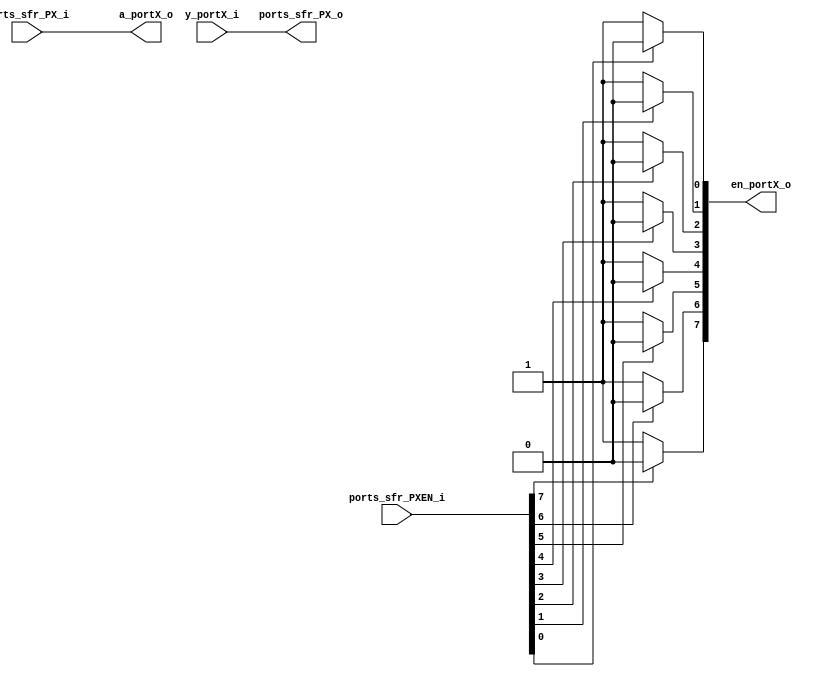
// -------------------------------------------------------------------
// CI Brasil - CT2 Campinas
// Phase II Project
// EMC08 - 8 Bit Microcontroller for Automotive Engine Application
// -------------------------------------------------------------------
// Module Name: PORTS
// -------------------------------------------------------------------
// Release History
// Version Date Description
// 1.0 01/09/2010 Initial version
// 2.0 15/09/2010 Modified Version
// -------------------------------------------------------------------
// Description
// This file describes the coding functions to be used on rtl
// implementations.
// In this version file shows the Port 0 functions like part of the ports module
// -------------------------------------------------------------------
// Compilando:  ncvlog Port_TOP.v Port_func.v Port_func4.v Port_func_tb.v -messages
// ncelab tb_PORTS -access +rwc
// ncsim tb_PORTS -gui &
// -------------------------------------------------------------------


module PORTS
  (
  // input, Registers (8bits) responsible for enabling 
      input wire [7:0] ports_sfr_PXEN_i,
      
      input wire [7:0] ports_sfr_PX_i,
      output reg [7:0] ports_sfr_PX_o,
      
      input wire [7:0] y_portX_i,
      
      output reg [7:0] en_portX_o,
      output reg [7:0] a_portX_o
);
 
  integer i;
// ==========  PORTS ===========

 
  // ============= Funtionality for the port  ===================================
  // ==========  PORT =========== 
  always @ (ports_sfr_PXEN_i, ports_sfr_PX_i, y_portX_i)
  
  begin
   ports_sfr_PX_o =  y_portX_i;   // In the reading (input for the ports)
   a_portX_o = ports_sfr_PX_i;    // In the writing (output for the ports)
        
        
   // ==========  PORTX =========== 
   // Configuring bits of PORT  (P0EN[0]) register control 
   for (i = 0; i <= 7; i = i + 1)
   begin
      if (ports_sfr_PXEN_i[i] == 1'b0) // Pin configurating like input/reading 
      begin                     
         en_portX_o[i] = 1'b1; //EN configurating like input/reading 
      end  
      else
      begin
         en_portX_o[i] = 1'b0; //EN configurating like output/writing 
      end
   end
         
   end // end always
endmodule// END MODULO